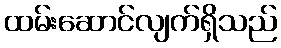
ထမ်းဆောင်လျက်ရှိသည်